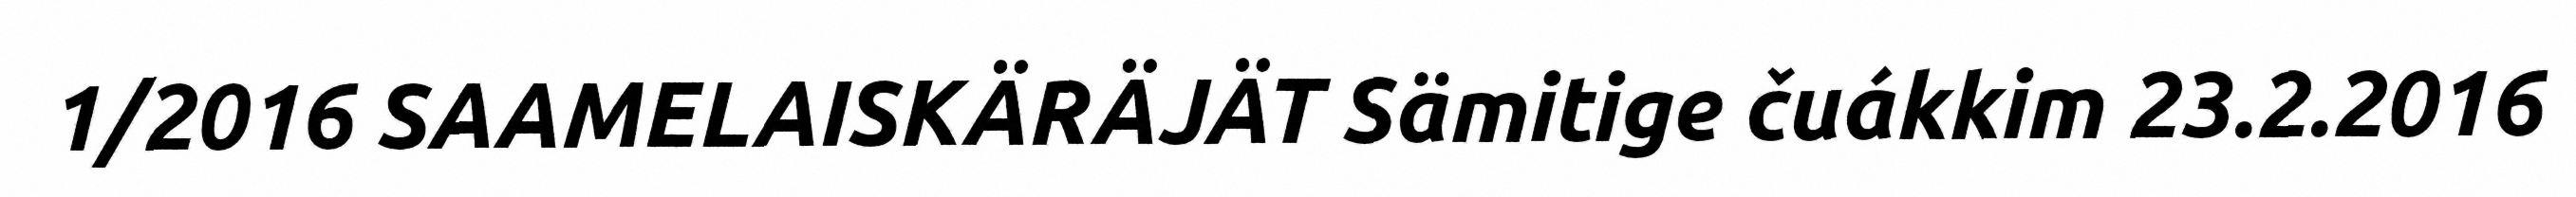
1/2016 SAAMELAISKÄRÄJÄT Sämitige čuákkim 23.2.2016